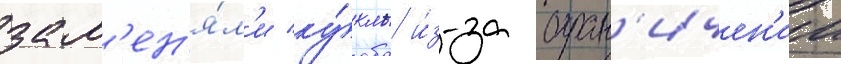
зам'ен'я́л'и ку́клы и́з-за огран'ичен'ии